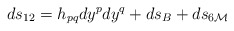
\begin{align*}ds_{12}= h_{pq}dy^pdy^q +ds_B + ds_{6{\cal M}}\end{align*}